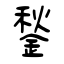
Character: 鍫